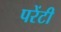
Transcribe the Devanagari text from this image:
परेंटी